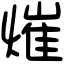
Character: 熣